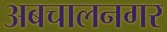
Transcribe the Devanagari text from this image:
अबचालनगर